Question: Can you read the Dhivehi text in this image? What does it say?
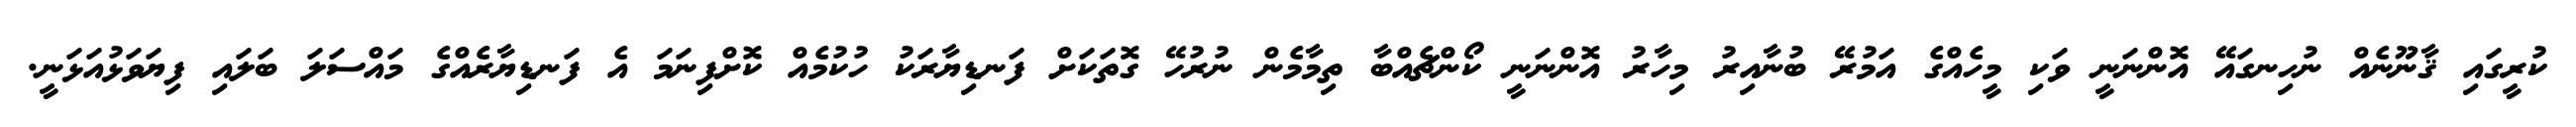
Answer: ކުރީގައި ޤާނޫނެއް ނުހިނގައޭ އޮންނަނީ ވަކި މީހެއްގެ އަމުރޭ ބުނާއިރު މިހާރު އޮންނަނީ ކޯންޗެއްބާ ތިމާމެން ނުރުހޭ ގޮތަކަށް ފަނޑިޔާރަކު ހުކުމެއް ކޮށްފިނަމަ އެ ފަނޑިޔާރެއްގެ މައްސަލަ ބަލައި ފިޔަވަޅުއަޅަނީ.